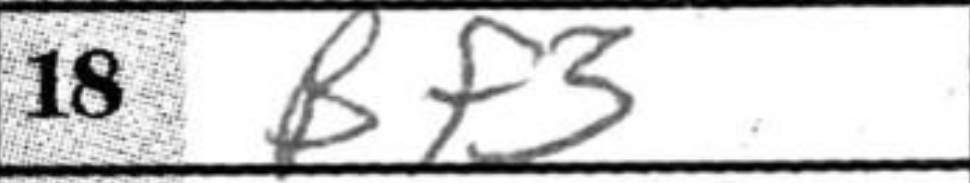
Transcription: Bf3